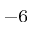
^ { - 6 }